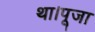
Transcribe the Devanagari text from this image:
था।पूजा